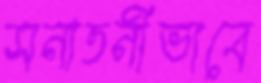
সনাতনীভাবে